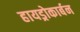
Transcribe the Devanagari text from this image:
हायड्रोकार्बन